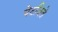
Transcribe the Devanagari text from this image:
पेटविते